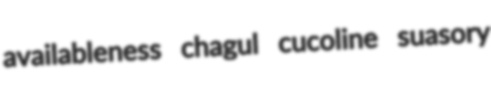
availableness chagul cucoline suasory